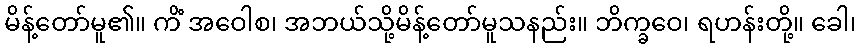
မိန့်တော်မူ၏။ ကိံ အဝေါစ၊ အဘယ်သို့မိန့်တော်မူသနည်း။ ဘိက္ခဝေ၊ ရဟန်းတို့။ ခေါ၊